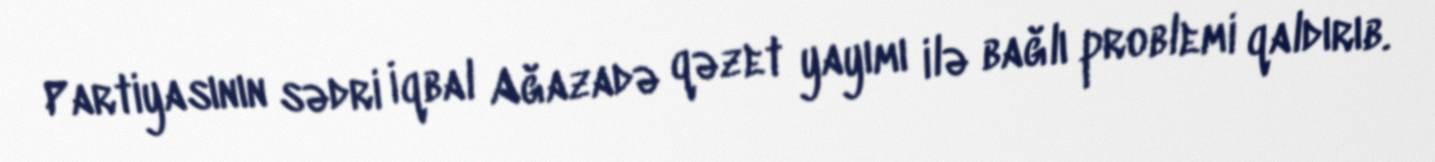
Partiyasının sədri İqbal Ağazadə qəzet yayımı ilə bağlı problemi qaldırıb.